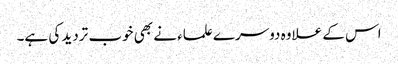
اس کے علاوہ دوسرے علماء نے بھی خوب تردید کی ہے۔